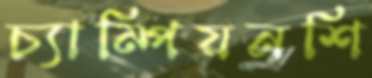
চ্যাম্পিয়নশি